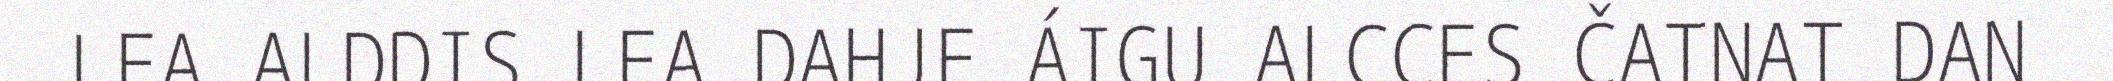
LEA ALDDIS LEA DAHJE ÁIGU ALCCES ČATNAT DAN